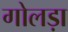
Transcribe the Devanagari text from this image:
गोलड़ा